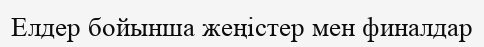
Елдер бойынша жеңістер мен финалдар